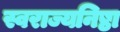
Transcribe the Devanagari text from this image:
स्वराज्यनिष्ठा